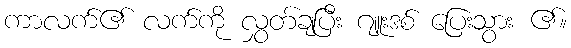
ကာလက်၏ လက်ကို လွှတ်ချပြီး ဂျူးဒစ် ပြေးသွား ၏။